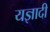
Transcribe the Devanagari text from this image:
यज्ञादी